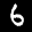
Label: 6